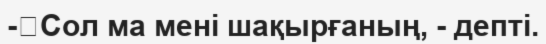
-	Сол ма мені шақырғаның, - депті.